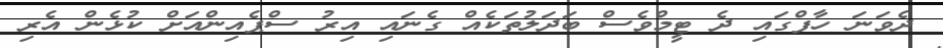
ދެވަނަ ހާފްގައި ދެ ޓީމްވެސް ބަދަލުތަކެއް ގެނައި އިރު ސްޕެއިންއަށް ކުޅެން އެރި